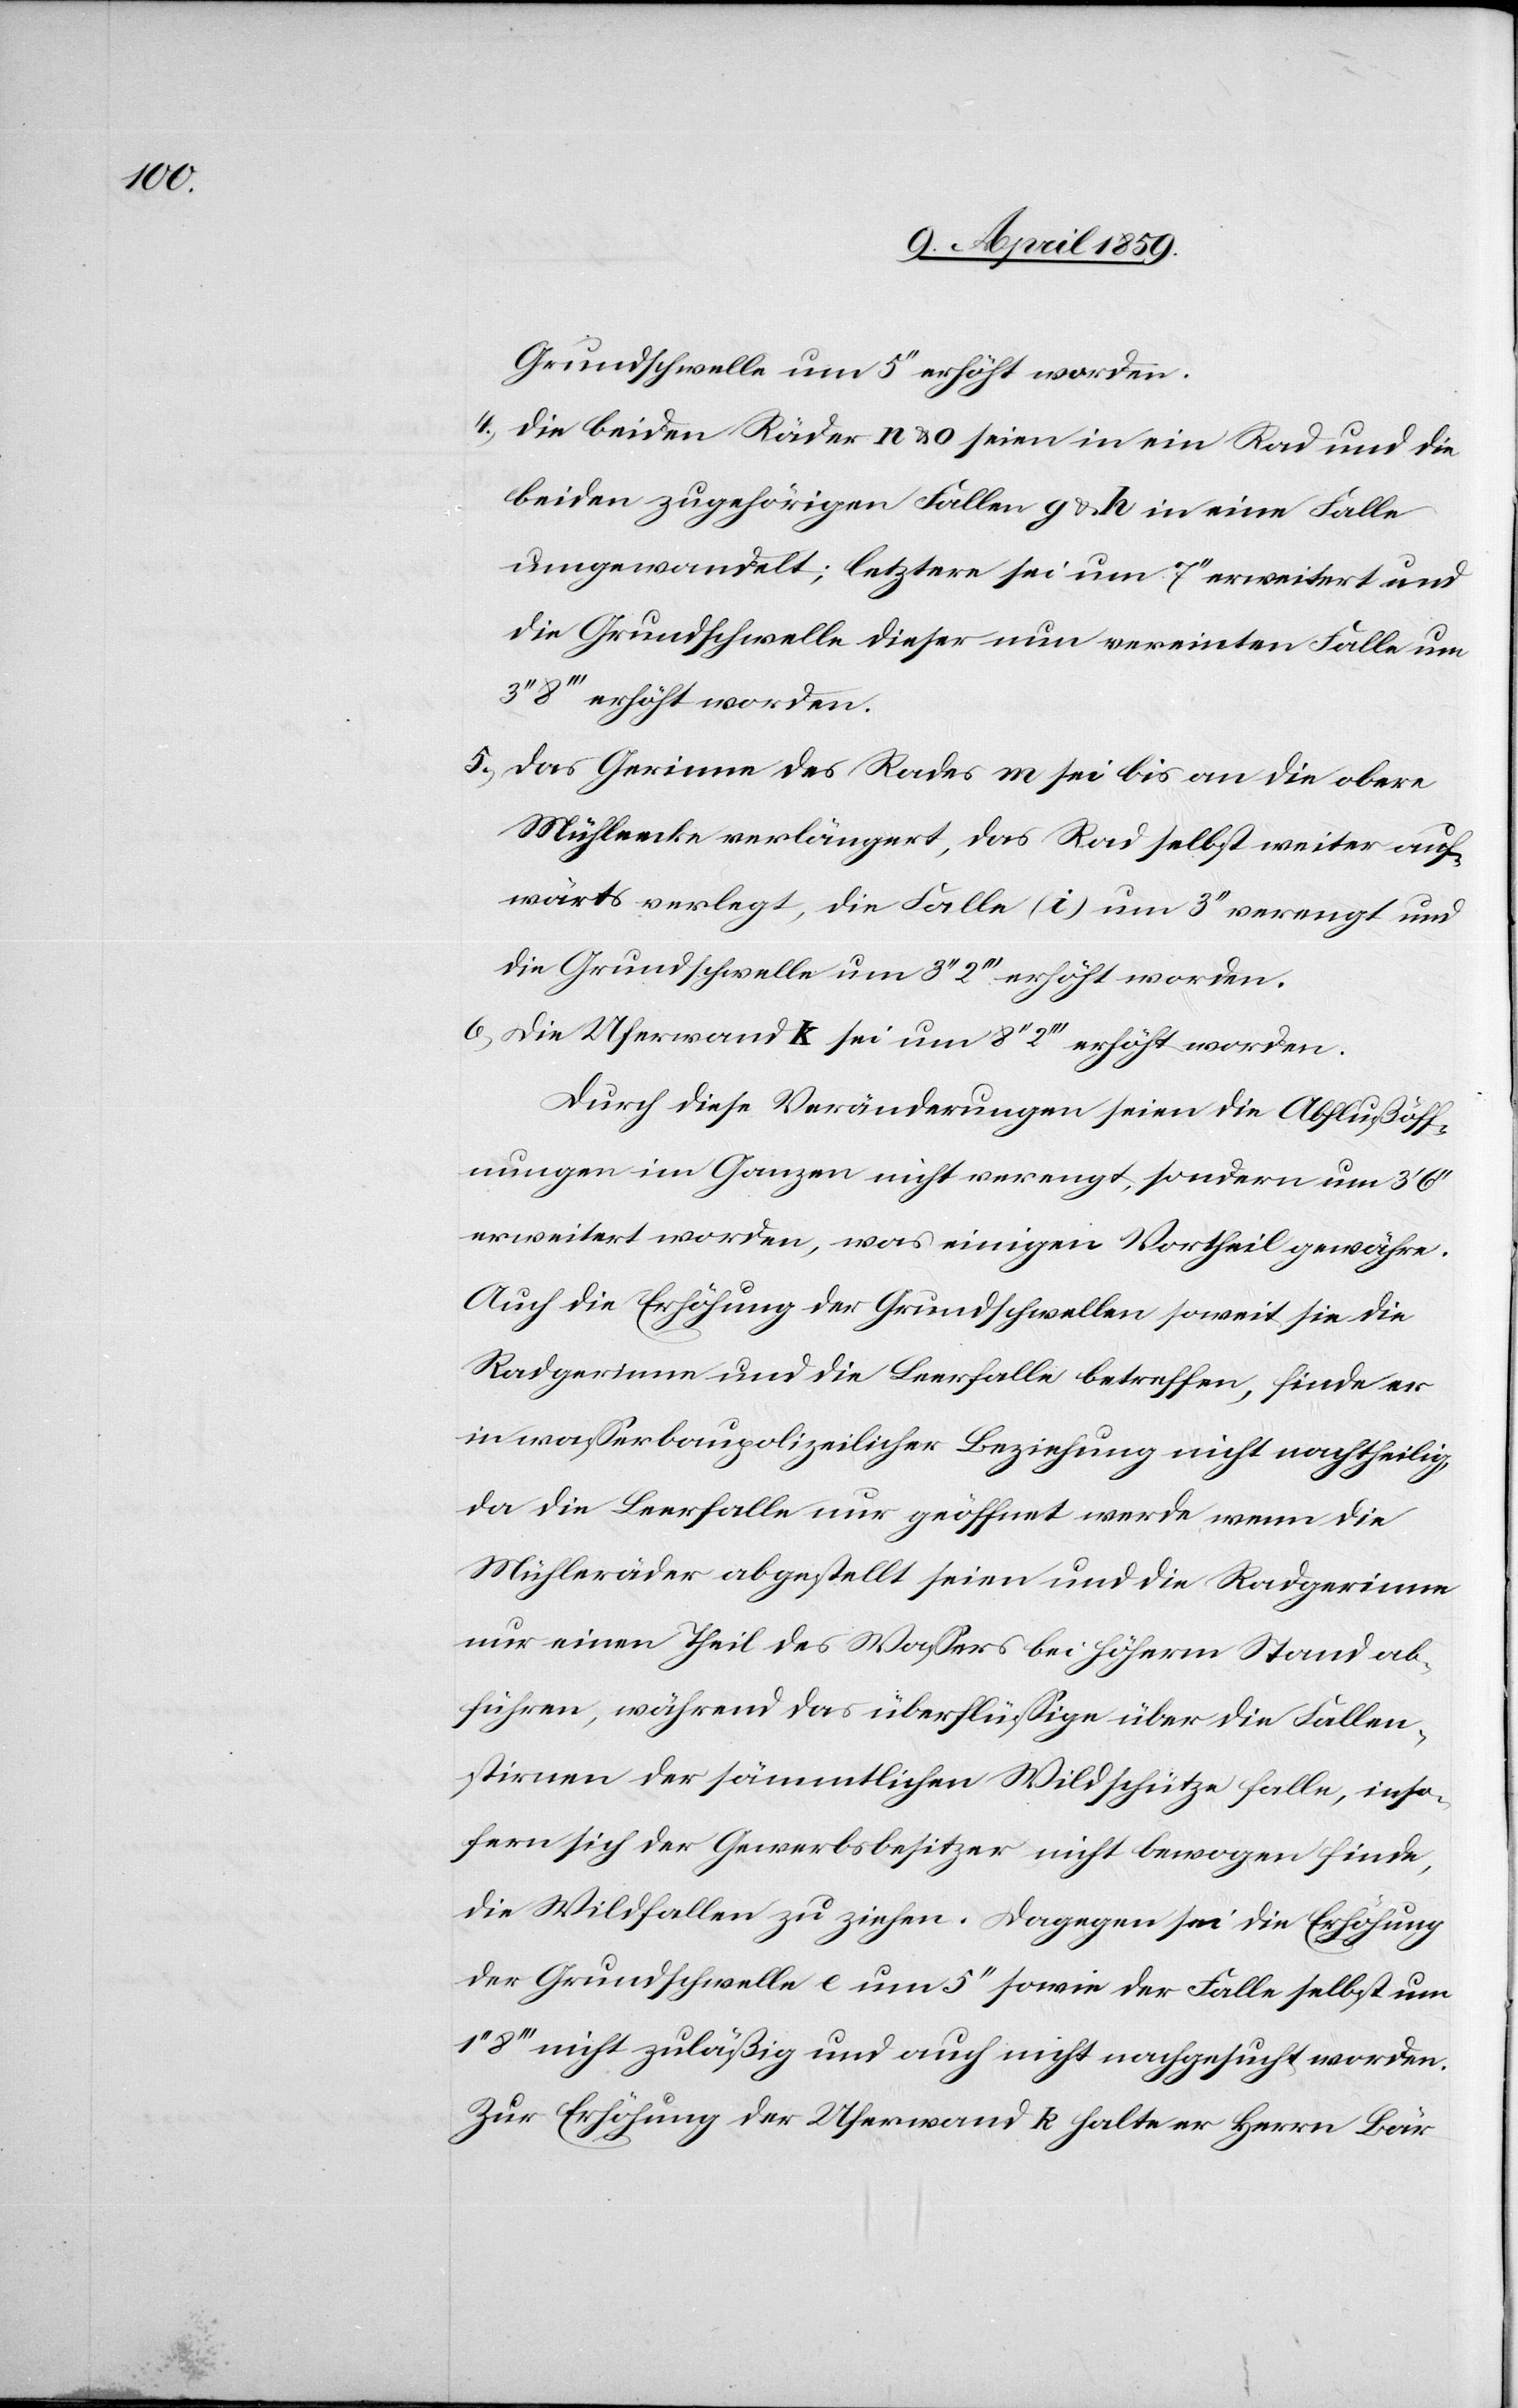
Grundschwelle um 5‘‘ erhöht worden.
4) Die beiden Räder n & o seien in ein Rad und die
beiden zugehörigen Fallen g & h in eine Falle
umgewandelt; letztere sei um 7‘‘ erweitert und
die Grundschwelle dieser nun vereinten Falle um
8‘‘‘ erhöht worden.
5) Das Gerinne des Rades m sei bis an die obere
Mühleecke verlängert, das Rad selbst weiter auf¬
wärts verlegt, die Falle (i) um 3‘‘ verengt und
die Grundschwelle um 3‘‘ 2‘‘‘ erhöht worden.
6) Die Uferwand k sei um 8‘‘ 2‘‘‘ erhöht worden.
Durch diese Veränderungen seien die Abflußöff¬
nungen im Ganzen nicht verengt, sondern um 3‘
erweitert worden, was einigen Vortheil gewähre.
Auch die Erhöhung der Grundschwellen soweit sie die
Radgerinne und die Leerfalle betreffen, finde er
in waßerpolizeilicher Beziehung nicht nachtheilig,
da die Leerfalle nur geöffnet werde wenn die
Mühleräder abgestellt seien und die Radgerinne
nur einen Theil des Waßers bei höherm Stand ab¬
führen, während das überflüßige über die Fallen¬
stirnen der sämmtlichen Wildschütze falle, inso¬
fern sich der Gewerbsbesitzer nicht bewogen finde,
die Wildfallen zu ziehen. Dagegen sei die Erhöhung
der Grundschwelle e um 5‘‘ sowie der Falle selbst um
8‘‘‘ nicht zuläßig und auch nicht nachgesucht worden.
Zur Erhöhung der Uferwand k halte er Herrn Bär